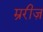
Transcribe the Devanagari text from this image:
म्ररीज़